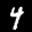
Label: 4